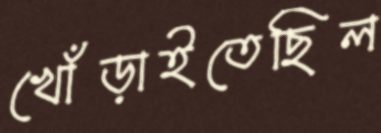
খোঁড়াইতেছিল